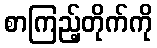
စာကြည့်တိုက်ကို